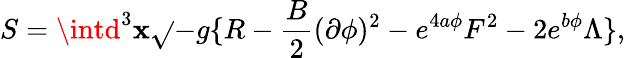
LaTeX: S=\intd^{3}\mathbf{x}\sqrt{}{{-g}}\{ R-{\frac{{B}}{{2}}}(\partial\phi)^{2}-e^{4a\phi}F^{2}-2e^{b\phi}\Lambda\} ,